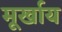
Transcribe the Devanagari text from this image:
मूर्खाय